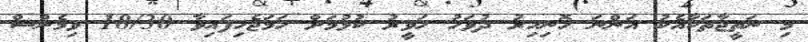
މި ނަތީޖާތަކާއެކު އަންނަ ހޮނިހިރު ދުވަހު ހަވީރު ކުޅުމަށް ހަމަޖެހިފައިވާ 18/30 ވިމެންސް